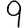
Digit: 9